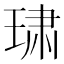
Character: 𰢄